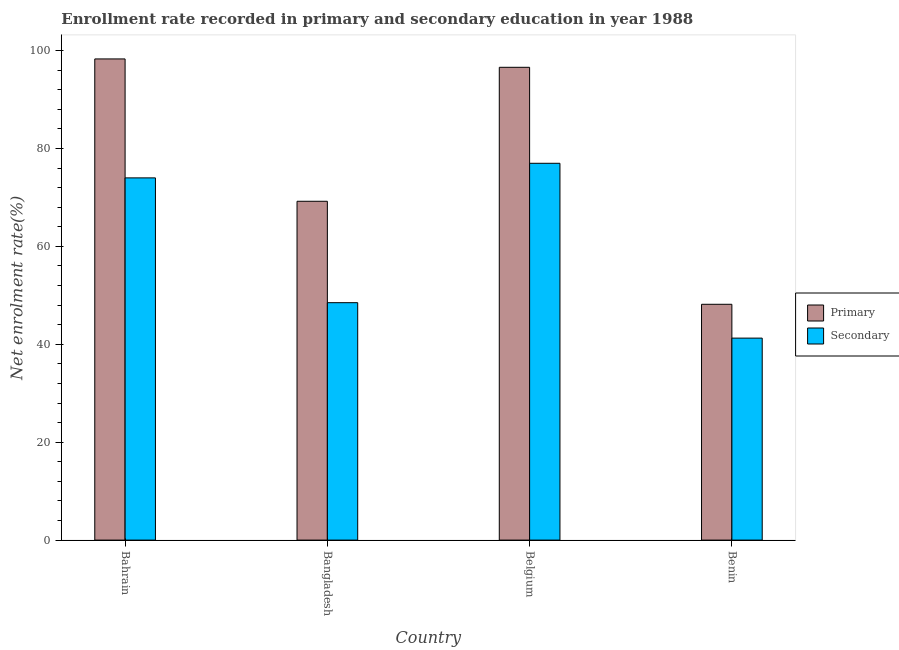
| Country | Primary | Secondary |
 | --- | --- | --- |
 | Bahrain | 98.3 | 74 |
 | Bangladesh | 69.2 | 48.5 |
 | Belgium | 96.6 | 77 |
 | Benin | 48.2 | 41.3 |